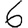
Digit: 6